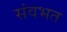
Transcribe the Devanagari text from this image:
संवभत